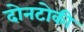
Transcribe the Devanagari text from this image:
दोनटोकी